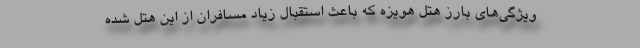
ویژگی‌های بارز هتل هویزه که باعث استقبال زیاد مسافران از این هتل شده